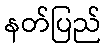
နတ်ပြည်